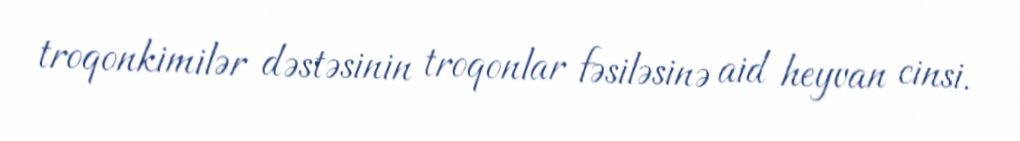
troqonkimilər dəstəsinin troqonlar fəsiləsinə aid heyvan cinsi.